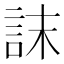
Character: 𮘀